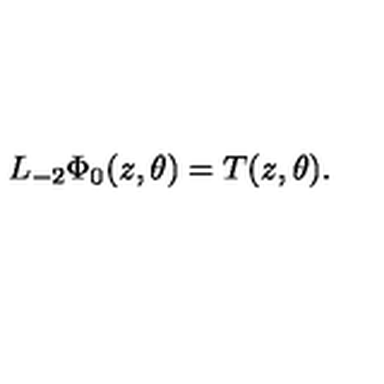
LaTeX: L _ { - 2 } \Phi _ { 0 } ( z , \theta ) = T ( z , \theta ) .